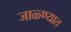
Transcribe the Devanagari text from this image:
जाळ्ण्यात